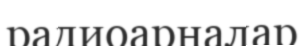
радиоарналар